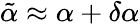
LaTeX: \tilde{\alpha}\approx\alpha+\delta\alpha